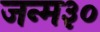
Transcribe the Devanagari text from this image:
जन्म३०